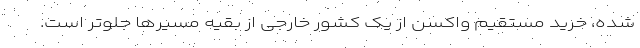
شده، خرید مستقیم واکسن از یک کشور خارجی از بقیه مسیرها جلوتر است.